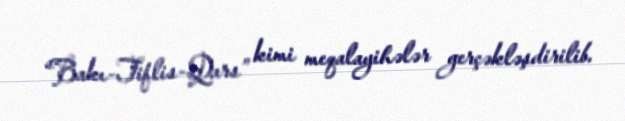
“Bakı-Tiflis-Qars” kimi meqalayihələr gerçəkləşdirilib.